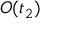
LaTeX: \cal { { O } ( t _ { 2 } ) }